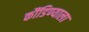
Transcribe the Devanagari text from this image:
कौंडिण्याला